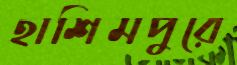
হাশিমপুরে